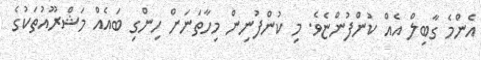
އެންމެ ގާބިލް އެއް ކުންފުންޏެވެ. މި ކުންފުނިން މިހާތަނަށް ހިންގި ބައެއް މަޝްރޫއުތަކުގެ